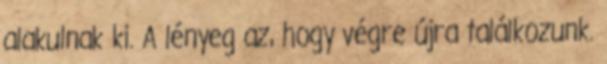
alakulnak ki. A lényeg az, hogy végre újra találkozunk.